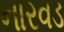
નારવડ